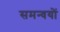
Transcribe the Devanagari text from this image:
समन्वयों